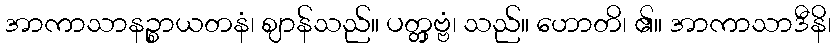
အာကာသာနဉ္စာယတနံ၊ ဈာန်သည်။ ပတ္တှဗ္ဗံ၊ သည်။ ဟောတိ၊ ၏။ အာကာသာဒီနိ၊